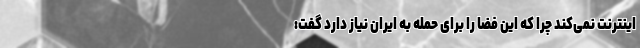
اینترنت نمی‌کند چرا که این فضا را برای حمله به ایران نیاز دارد گفت: